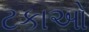
ટકાઓ